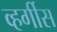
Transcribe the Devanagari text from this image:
व्हर्गीस